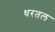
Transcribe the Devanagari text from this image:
धरतल